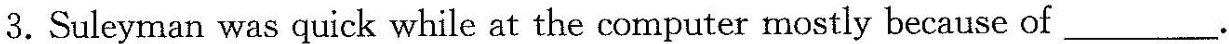
3.Suleyman was quick while at the computer mostly because of___.